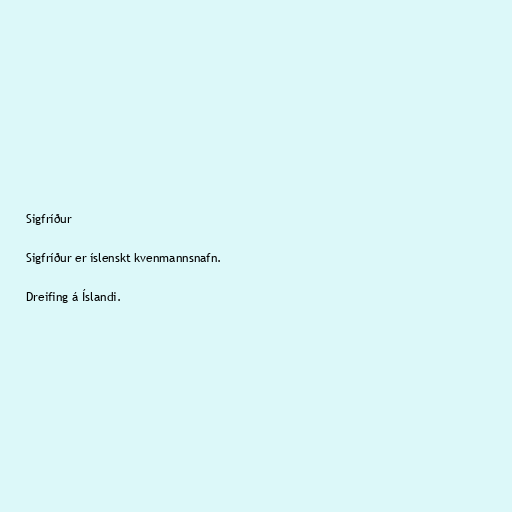
Sigfríður

Sigfríður er íslenskt kvenmannsnafn.

Dreifing á Íslandi.